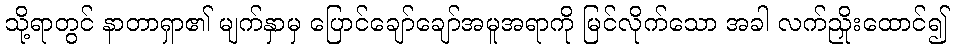
သို့ရာတွင် နာတာရှာ၏ မျက်နှာမှ ပြောင်ချော်ချော်အမူအရာကို မြင်လိုက်သော အခါ လက်ညှိုးထောင်၍